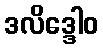
ဒလိဒ္ဒေါဝ